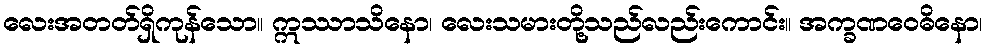
လေးအတတ်ရှိကုန်သော။ ဣဿာသိနော၊ လေးသမားတို့သည်လည်းကောင်း။ အက္ခဏဝေဓိနော၊